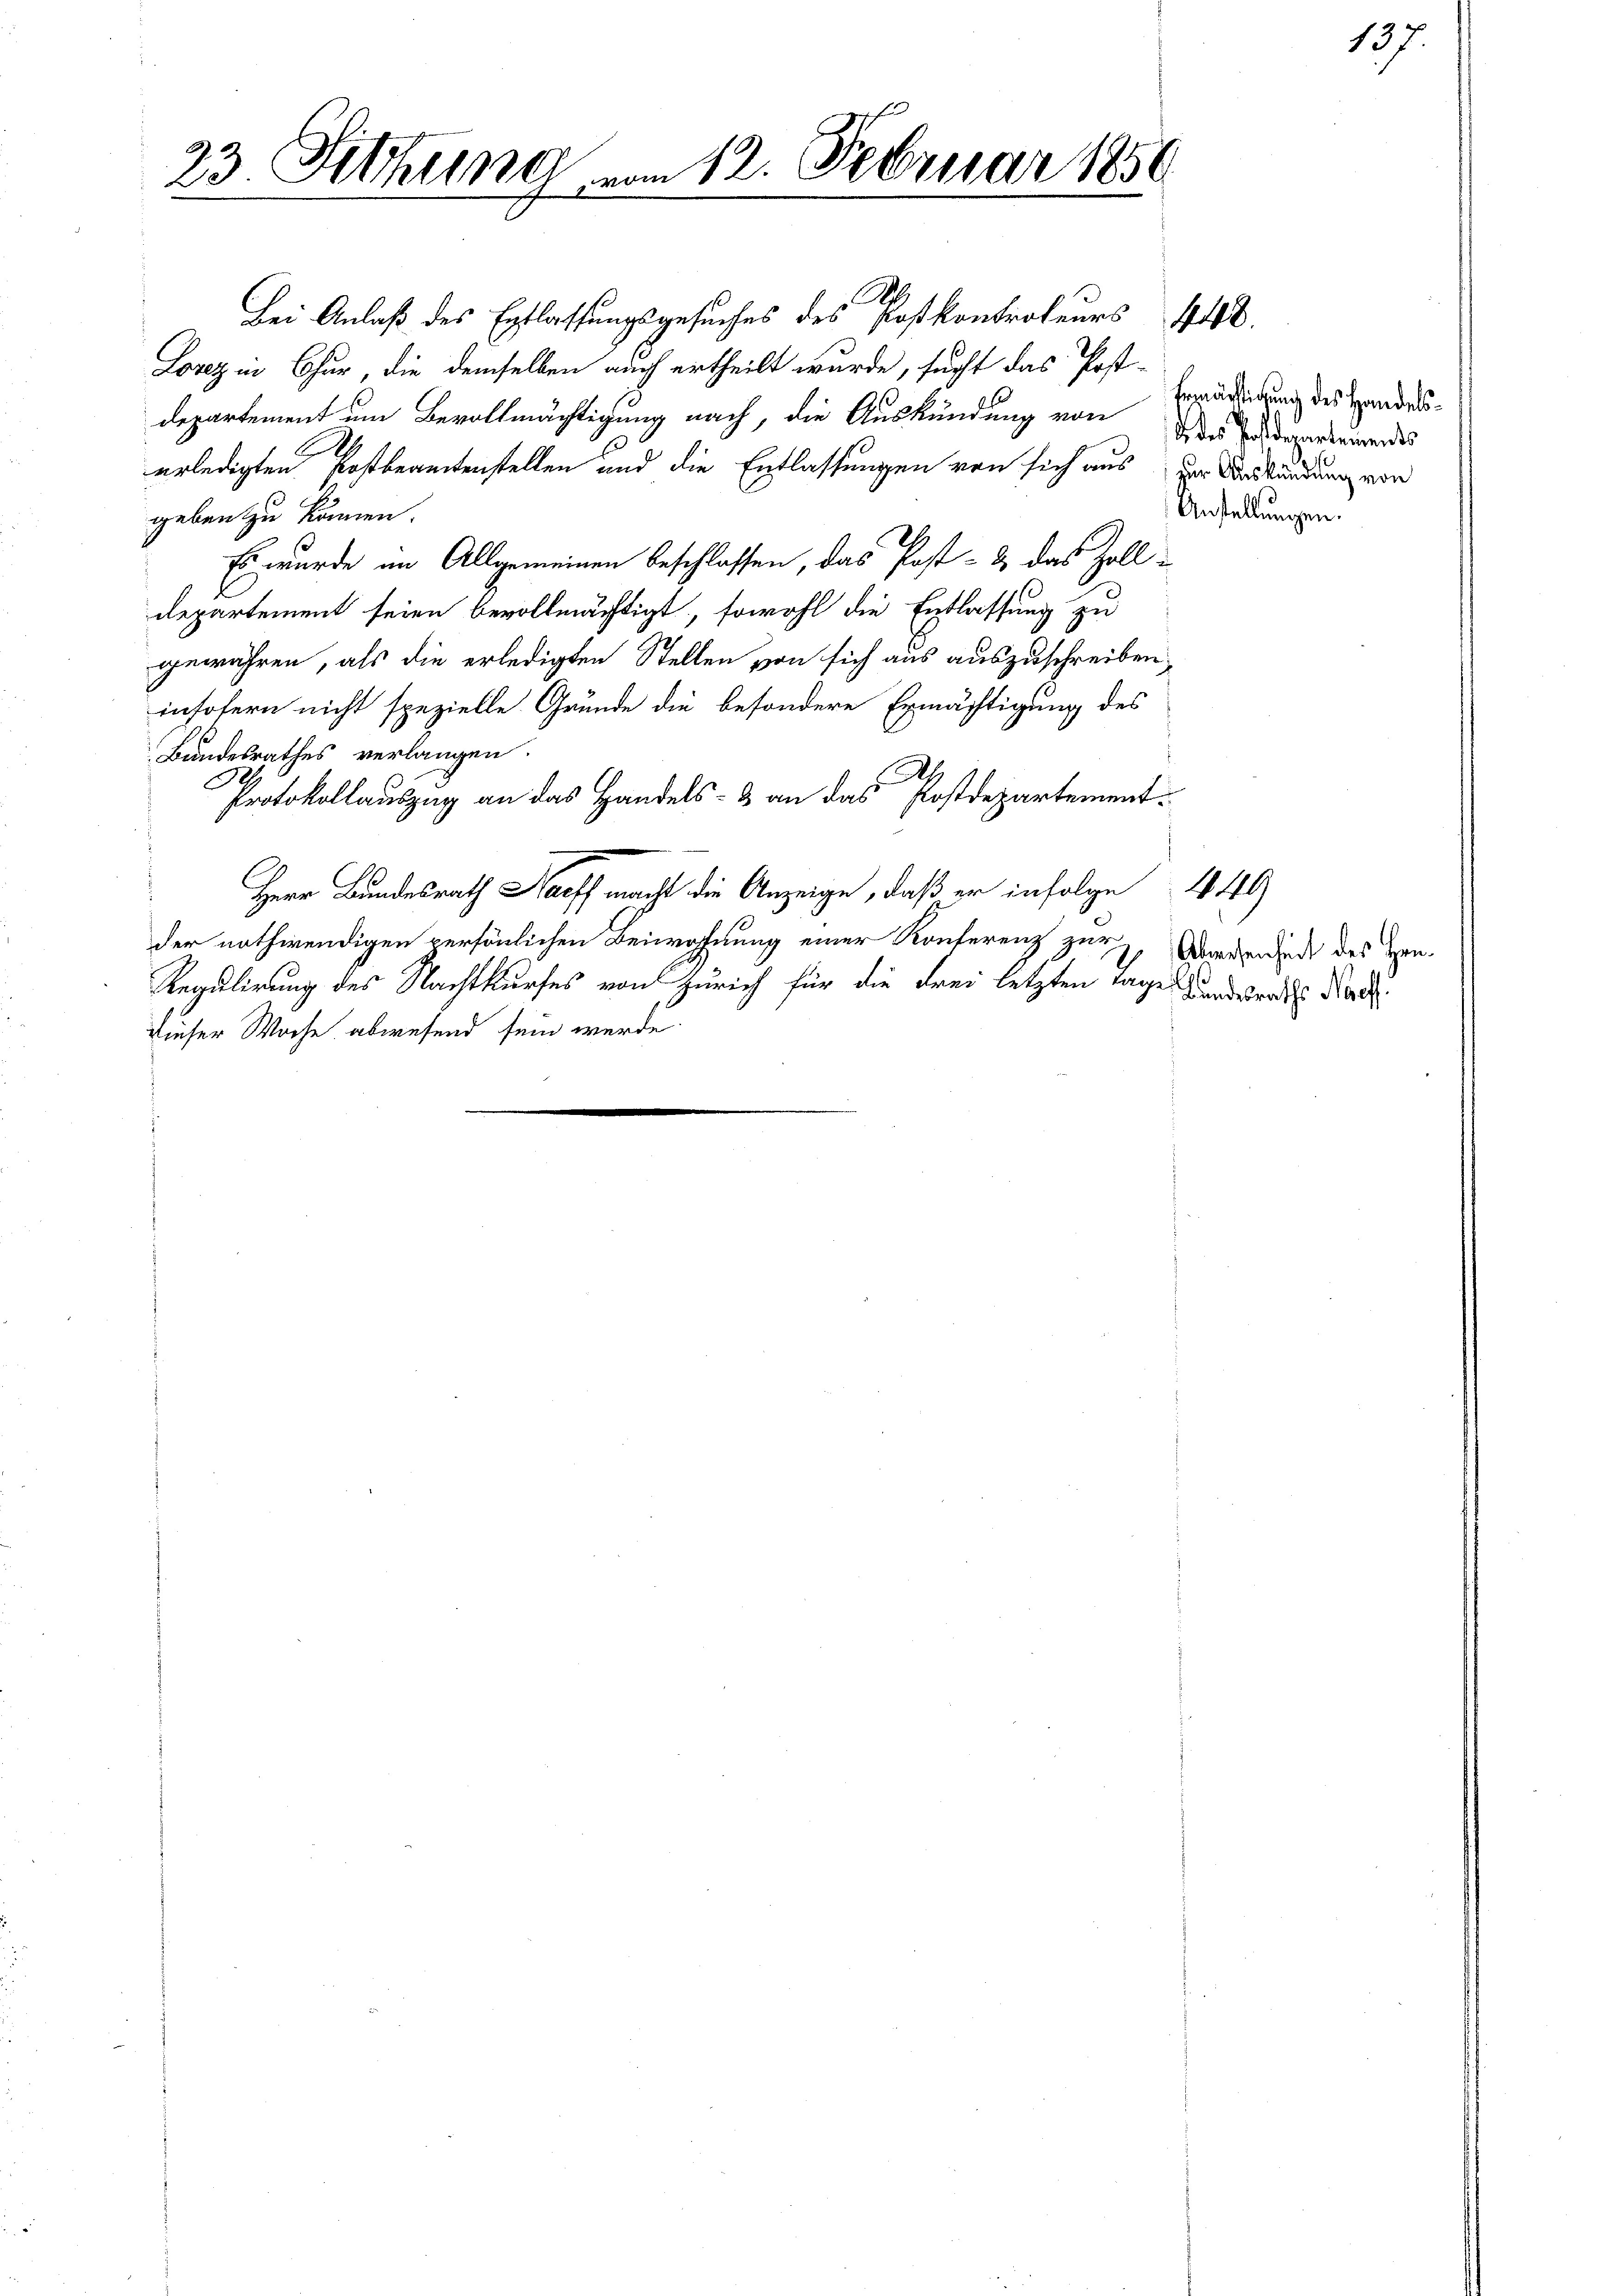
23 Sitzung vom 12. Februar 1850
x

Bei Anlaß des Entlassungsgesuches des Postkontrateurs 448.
Lorez in Chur, die demselben auch ertheilt wurde, sucht das Post-
Departement um Bevollmächtigung nach, die Auskündung von den dersemendes
erledigten Postbeamtenstellen und die Entlassungen von sich aus zur Auskündung von
geben zu können.
Es wurde im Allgemeinen beschlossen, das Post- & das Zoll-
departement seien bevollmächtigt, sowohl die Entlassung zu
gewähren, als die erledigten Stellen von sich aus auszuschreiben,
insofern nicht spezielle Grunde die besondere Ermächtigung des
Bundesrathes verlangen.
Protokollauszug an das Handels- & an das Postdepartement¬
Herr Bundesrath Harff macht die Anzeige, daß er infolge 449
der nothwendigen persönlichen Beiwohnung einer Konferenz zur
Regulirung des Nachtkurfes von Zürich für die drei letzten Tages Landvordes Rad
dieser Woche abwesend sein werde.

Ermächtigung des Handels¬
Anstellungen.

137.

Abwesenheit des Hen¬